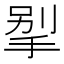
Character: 𰓲